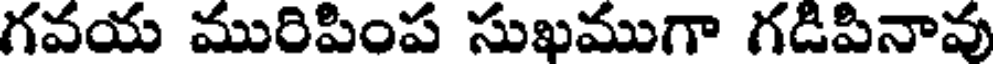
గవయ మురిపింప సుఖముగా గడిపినావు